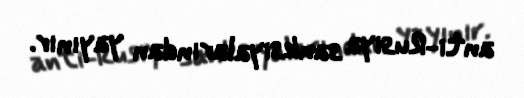
anti-Rusiya sanksiyalarından yayınır.